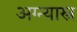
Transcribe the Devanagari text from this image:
अग्न्यास्त्र